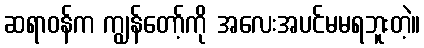
ဆရာဝန်က ကျွန်တော့်ကို အလေးအပင်မမရဘူးတဲ့။